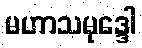
မဟာသမုဒ္ဒေါ